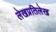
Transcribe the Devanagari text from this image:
लेखप्रतिलेख